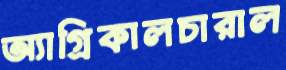
অ্যাগ্রিকালচারাল